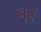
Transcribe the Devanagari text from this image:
नूनं